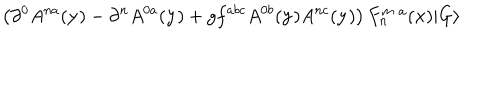
\left( \partial ^ { 0 } A ^ { n a } ( { \bf y } ) - \partial ^ { n } A ^ { 0 a } ( { \bf y } ) + g f ^ { a b c } A ^ { 0 b } ( { \bf y } ) A ^ { n c } ( { \bf y } ) \right) F _ { n } ^ { m \; a } ( { \bf x } ) \vert G \rangle